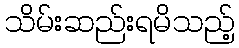
သိမ်းဆည်းရမိသည့်